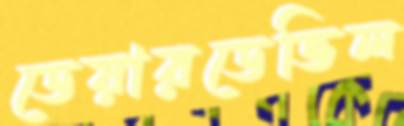
ডেয়ারডেভিল